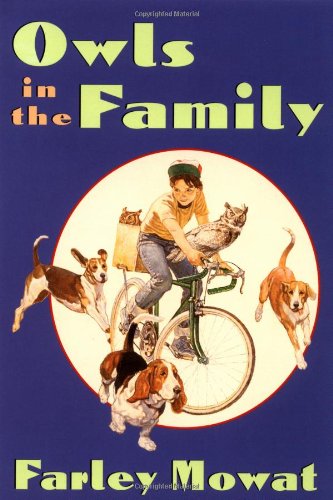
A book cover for Owls in the Family; Farley Mowat; Children's Books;